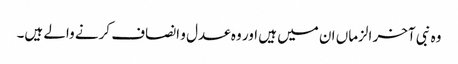
وہ نبی آخر الزماں ان میں ہیں اور وہ عدل و انصاف کرنے والے ہیں۔